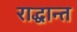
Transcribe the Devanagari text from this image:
राद्धान्त